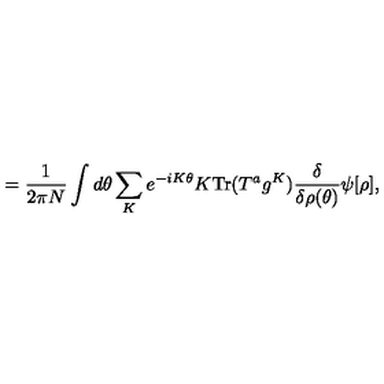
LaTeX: = \frac { 1 } { 2 \pi N } \int d \theta \sum _ { K } e ^ { - i K \theta } K \mathrm { T r } ( T ^ { a } g ^ { K } ) \frac { \delta } { \delta \rho ( \theta ) } \psi [ \rho ] ,